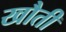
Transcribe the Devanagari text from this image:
खौती